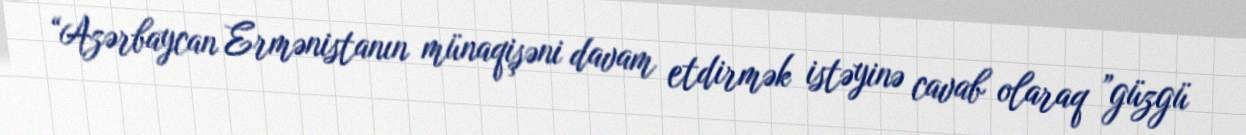
“Azərbaycan Ermənistanın münaqişəni davam etdirmək istəyinə cavab olaraq ”güzgü